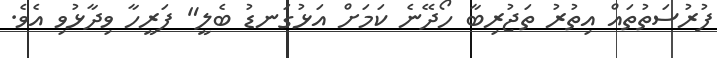
ފުރުސަތުތައް އިތުރު ތަޖުރިބާ ހޯދޭނެ ކަމަށް އަޅުގަނޑު ބެލީ" ފަރީހާ ވިދާޅުވި އެވެ.